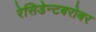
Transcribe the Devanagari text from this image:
रेसिडेन्टबरोबर